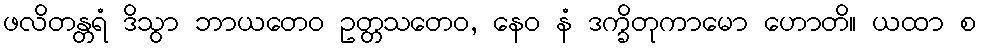
ဖလိတန္တရံ ဒိသွာ ဘာယတေဝ ဥတ္တသတေဝ, နေဝ နံ ဒက္ခိတုကာမော ဟောတိ။ ယထာ စ